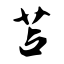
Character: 苫